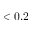
< 0 . 2